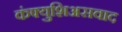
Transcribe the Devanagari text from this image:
कंफ्युशिअसवाद